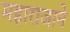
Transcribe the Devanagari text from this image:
महाराजाने